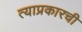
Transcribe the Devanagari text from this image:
त्याप्रकारची